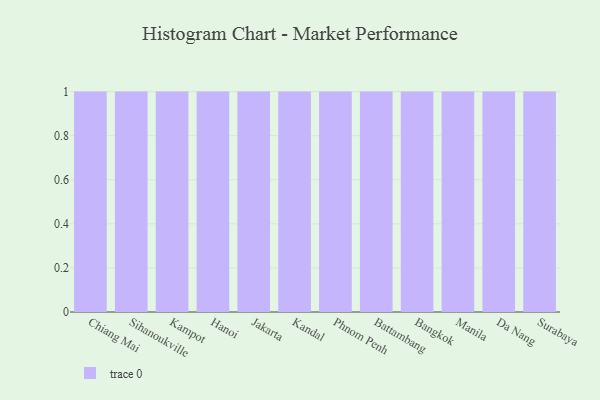
{"axis": {"x": "City", "y": "Active Users"}, "legend": [""], "data": [{"x": "Chiang Mai", "y": 63, "type": ""}, {"x": "Sihanoukville", "y": 7, "type": ""}, {"x": "Kampot", "y": 32, "type": ""}, {"x": "Hanoi", "y": 44, "type": ""}, {"x": "Jakarta", "y": 19, "type": ""}, {"x": "Kandal", "y": 27, "type": ""}, {"x": "Phnom Penh", "y": 63, "type": ""}, {"x": "Battambang", "y": 39, "type": ""}, {"x": "Bangkok", "y": 88, "type": ""}, {"x": "Manila", "y": 40, "type": ""}, {"x": "Da Nang", "y": 54, "type": ""}, {"x": "Surabaya", "y": 94, "type": ""}]}